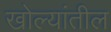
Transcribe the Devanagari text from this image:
खोल्यांतील